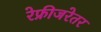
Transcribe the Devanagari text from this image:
रेफ्रीजरेतर